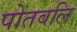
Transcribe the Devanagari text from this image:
पोतवलि